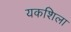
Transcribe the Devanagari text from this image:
यकशिला